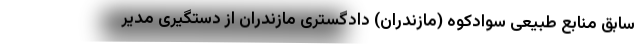
سابق منابع طبیعی سوادکوه (مازندران) دادگستری مازندران از دستگیری مدیر